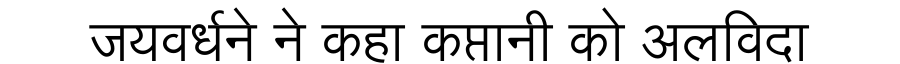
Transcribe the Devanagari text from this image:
जयवर्धने ने कहा कप्तानी को अलविदा